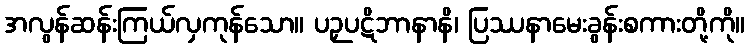
အလွန်ဆန်းကြယ်လှကုန်သော။ ပဉှပဋိဘာနာနိ၊ ပြဿနာမေးခွန်းစကားတို့ကို။